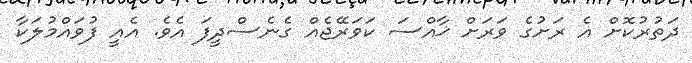
ދަތުރުކޮށް އެ ރަށުގެ ވަރަށް ޚާއްސަ ކަވަރޭޖެއް ގެނެސްދީފަ އެވެ. އެއީ ފުވައްމުލަކާ